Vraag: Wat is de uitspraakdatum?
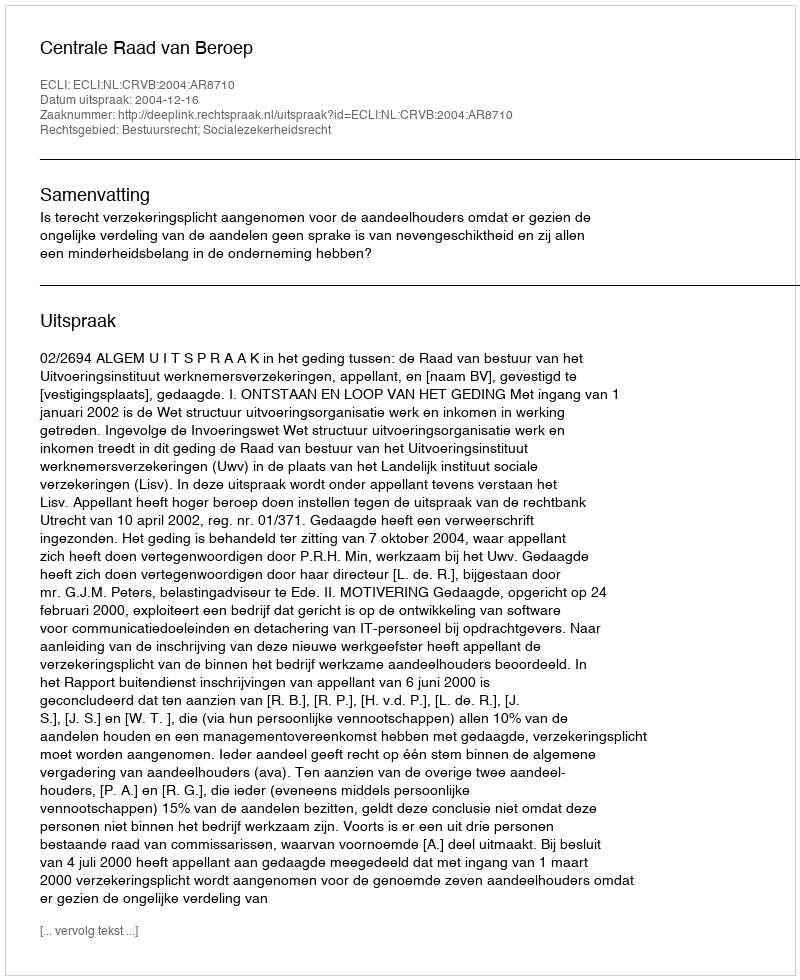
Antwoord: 2004-12-16